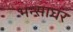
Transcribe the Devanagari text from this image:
भन्साघर